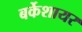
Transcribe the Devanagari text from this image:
बर्केशायर